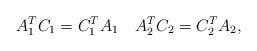
LaTeX: \begin{align*} A_{1}^{T} C_{1} = C_{1}^{T} A_{1} \quad A_{2}^{T} C_{2} = C_{2}^{T} A_{2}, \end{align*}